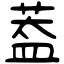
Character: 葢